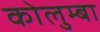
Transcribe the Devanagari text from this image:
कोलुम्बा